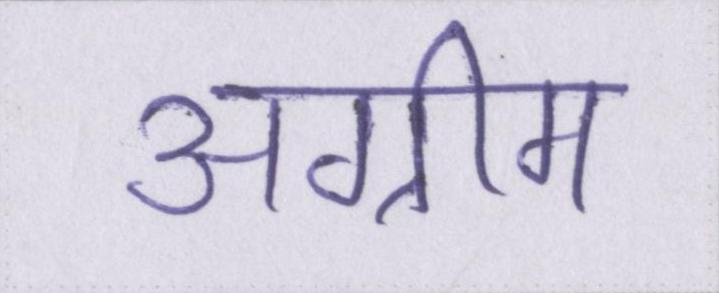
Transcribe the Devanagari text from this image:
अग्रीम